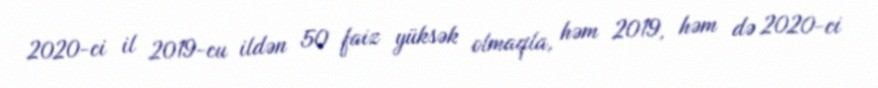
2020-ci il 2019-cu ildən 50 faiz yüksək olmaqla, həm 2019, həm də 2020-ci